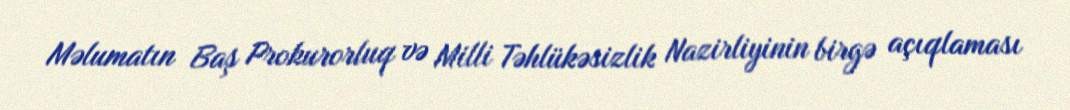
Məlumatın Baş Prokurorluq və Milli Təhlükəsizlik Nazirliyinin birgə açıqlaması